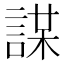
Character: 𧩜